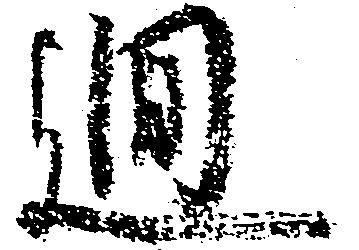
廻